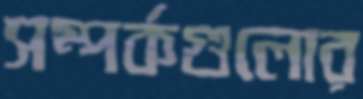
সম্পর্কগুলোর